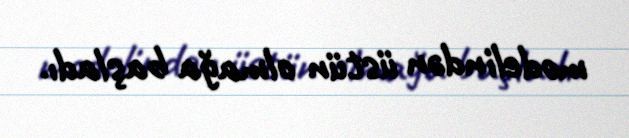
modelindən üstün olmağa başladı.